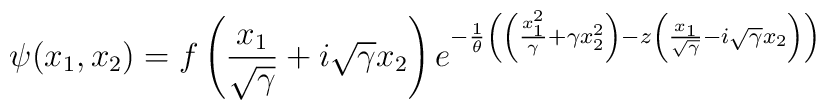
\psi(x_1,x_2)=f\left(\frac{x_1}{\sqrt{\gamma}}+i\sqrt{\gamma}x_2\right)e^{-\frac{1}{\theta}\left(\left(\frac{x_1^2}{\gamma}+\gamma x_2^2\right)-z \left(\frac{x_1}{\sqrt{\gamma}}-i\sqrt{\gamma}x_2\right)\right)}